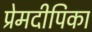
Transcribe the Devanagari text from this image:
प्रेमदीपिका